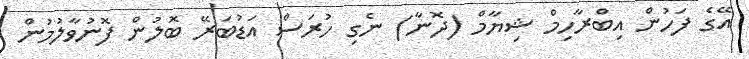
އޭގެ ފަހުން އިބްރާހިމް ޝިޔާމް (ދޮނާ) ނެގި ހުރަސް އަޑުބަރޭ ބޮލުން ފޮނުވާލުމުން